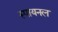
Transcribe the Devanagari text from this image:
स्पायनल